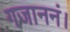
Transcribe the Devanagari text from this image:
गजाननं।